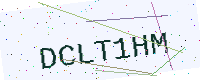
Text: DCLT1HM